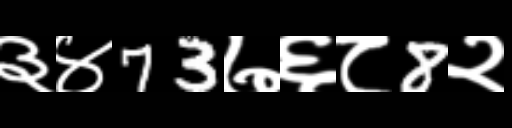
Text: ३४73७६८8२